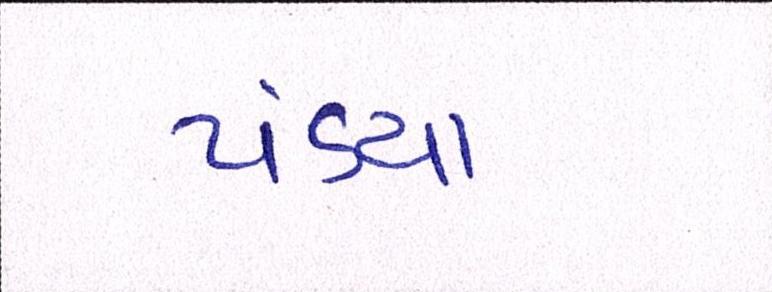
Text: પંડ્યા